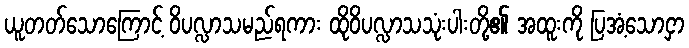
ယူတတ်သောကြောင့် ဝိပလ္လာသမည်ရကား ထိုဝိပလ္လာသသုံးပါးတို့၏ အထူးကို ပြအံ့သောငှာ